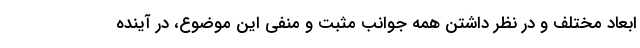
ابعاد مختلف و در نظر داشتن همه جوانب مثبت و منفی این موضوع، در آینده